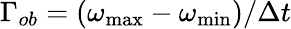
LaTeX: \Gamma_{ob}=(\omega_{\operatorname*{max}}-\omega_{\operatorname*{min}})/\Delta t